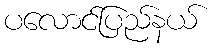
ပလောင်ပြည်နယ်